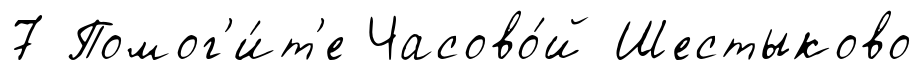
7 Помог'и́т'е Часово́й Шестыково